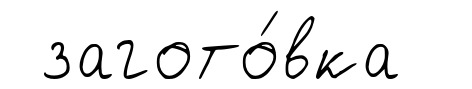
загото́вка